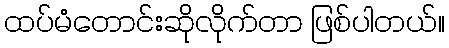
ထပ်မံတောင်းဆိုလိုက်တာ ဖြစ်ပါတယ်။